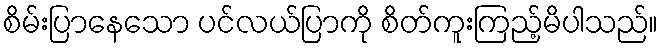
စိမ်းပြာနေသော ပင်လယ်ပြာကို စိတ်ကူးကြည့်မိပါသည်။